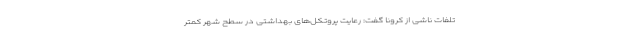
تلفات ناشی از کرونا گفت: رعایت پروتکل‌های بهداشتی در سطح شهر کمتر